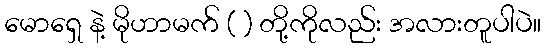
မောရှေ နဲ့ မိုဟာမက် ( ) တို့ကိုလည်း အလားတူပါပဲ။